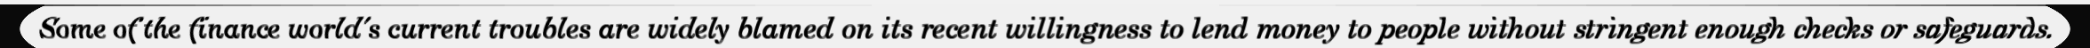
Some of the finance world's current troubles are widely blamed on its recent willingness to lend money to people without stringent enough checks or safeguards.